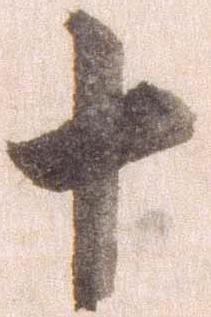
十